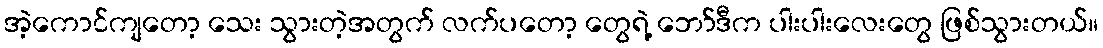
အဲ့ကောင်ကျတော့ သေး သွားတဲ့အတွက် လက်ပတော့ တွေရဲ့ ဘော်ဒီက ပါးပါးလေးတွေ ဖြစ်သွားတယ်။